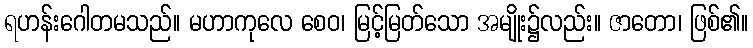
ရဟန်းဂေါတမသည်။ မဟာကုလေ စေဝ၊ မြင့်မြတ်သော အမျိုး၌လည်း။ ဇာတော၊ ဖြစ်၏။